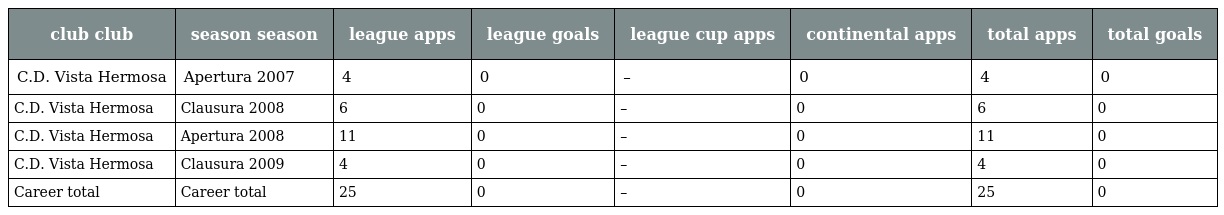
| club club | season season | league apps | league goals | league cup apps | continental apps | total apps | total goals |
 | --- | --- | --- | --- | --- | --- | --- | --- |
 | C.D. Vista Hermosa | Apertura 2007 | 4 | 0 | – | 0 | 4 | 0 |
 | C.D. Vista Hermosa | Clausura 2008 | 6 | 0 | – | 0 | 6 | 0 |
 | C.D. Vista Hermosa | Apertura 2008 | 11 | 0 | – | 0 | 11 | 0 |
 | C.D. Vista Hermosa | Clausura 2009 | 4 | 0 | – | 0 | 4 | 0 |
 | Career total | Career total | 25 | 0 | – | 0 | 25 | 0 |